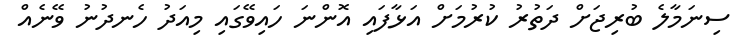
ސިނަމާލެ ބުރިޖަށް ދަތުރު ކުރުމަށް އަޅާފައި އޮންނަ ހައިވޭގައި މިއަދު ހެނދުނު ވޭނެއް